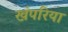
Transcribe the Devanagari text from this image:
खंपरिया